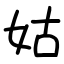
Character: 姑